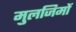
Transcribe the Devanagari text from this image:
मुलजिमों